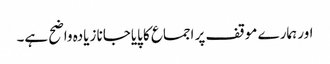
اور ہمارے موقف پر اجماع کا پایاجانا زیادہ واضح ہے۔